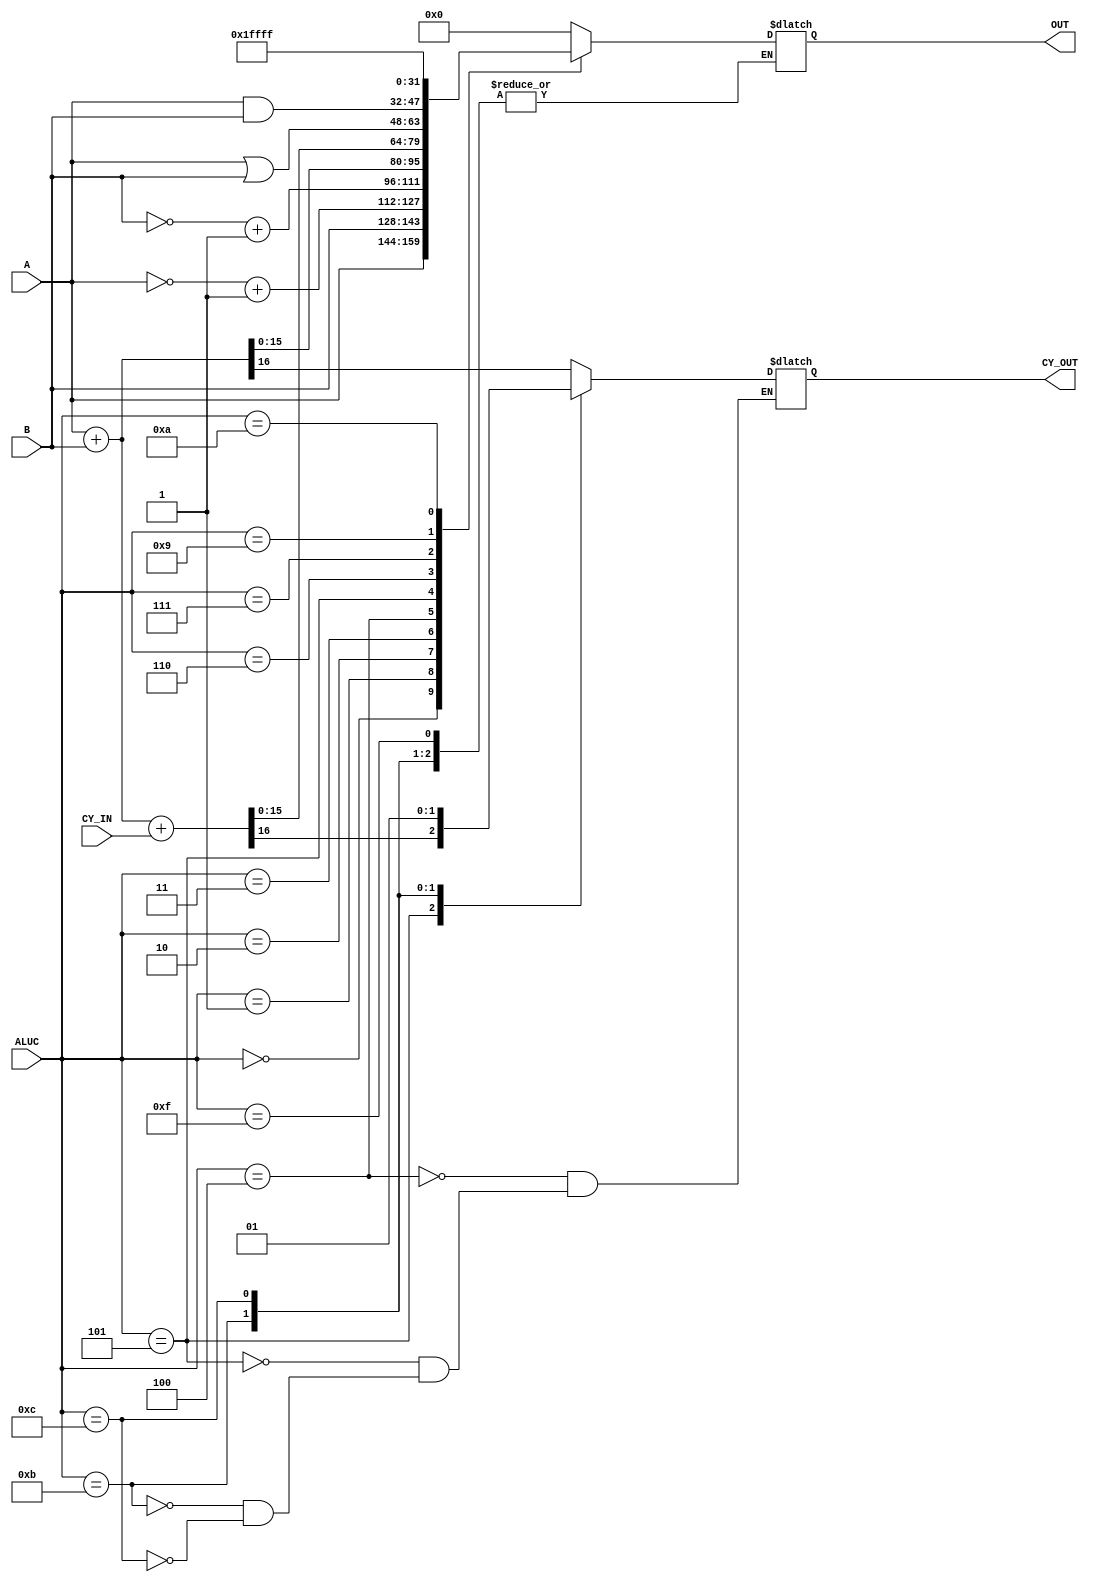
module ALU (A, B, ALUC, CY_IN, CY_OUT, OUT);

	input CY_IN;
	input [15:0] A,B;
	input [3:0] ALUC;
	
	output reg CY_OUT;
	output reg [15:0] OUT;
	reg [16:0] AUX; //Arreglo auxiliar para las operaciones con carry

	always @ (A or B or ALUC)
	begin
	
		case (ALUC)
		
			0:	 OUT = A;
			1:	 OUT = B;
			2:  OUT = ~A+16'd1;
			3:	 OUT = ~B+16'd1;
			4:  begin
				 AUX = A + B;
				 OUT = AUX[15:0];
				 CY_OUT = AUX[16];
				 end	 
			5:  begin
				 AUX = A + B + CY_IN;
				 OUT = AUX[15:0];
				 CY_OUT = AUX[16];
				 end
			6:  OUT = A | B;
			7:	 OUT = A & B;
			8:  OUT = 16'd0;
			9:  OUT = 16'd1;
			10: OUT = 16'hFFFF;
			11: CY_OUT = 0;
			12: CY_OUT = 1;
			15:; // Si llega 1111 no se hace nada 
			default: OUT = 16'd00000000000000000;
			
		endcase
	end
		


endmodule